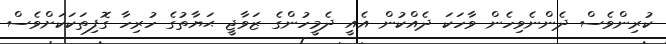
ކުރިންވެސް ދެންނެވިހެން ވާހަކަ ދެއްކުން އެއީ ދެމީހުންގެ ޒަވާޖީ ޙަޔާތުގެ ހުރިހާ ގޮފިތަކަކަށްވެސް